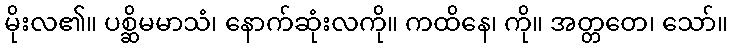
မိုးလ၏။ ပစ္ဆိမမာသံ၊ နောက်ဆုံးလကို။ ကထိနေ၊ ကို။ အတ္တတေ၊ သော်။